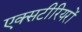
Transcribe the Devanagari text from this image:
एक्सटीरियरों